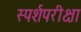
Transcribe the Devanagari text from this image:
स्पर्शपरीक्षा